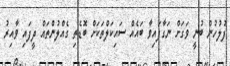
ފުލުހުން ބުނީ ވަގަށް ނަގާފައިވާ ބައެއް ސައިކަލްތަކަށް ބޮޑެތި ގެއްލުންތައް ދީފައި ވާއިރު